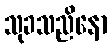
သုခသညိနော